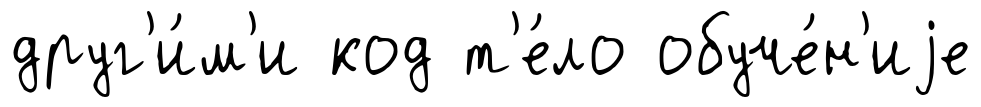
друг'и́м'и код т'е́ло обуче́н'иjе